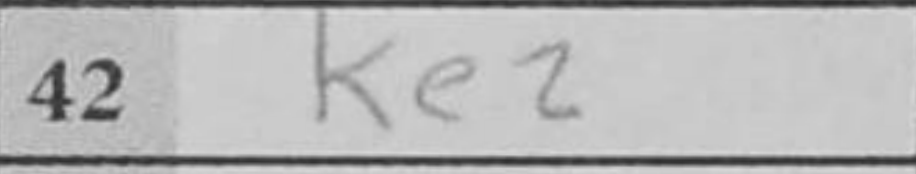
Transcription: Ke2